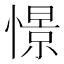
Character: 憬